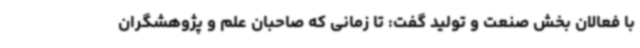
با فعالان بخش صنعت و تولید گفت: تا زمانی که صاحبان علم و پژوهشگران